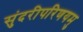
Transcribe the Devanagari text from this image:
सुंदरीपरिणयमु